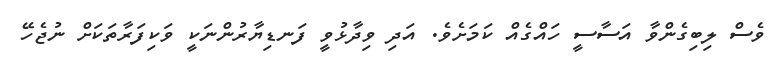
ވެސް ލިބިގެންވާ އަސާސީ ހައްގެއް ކަމަށެވެ. އަދި ވިދާޅުވީ ފަނޑިޔާރުންނަކީ ވަކިފަރާތަކަށް ނުޖެހޭ